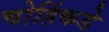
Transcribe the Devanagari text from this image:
चोहिंकडे